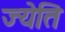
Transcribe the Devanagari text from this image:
ज्येति